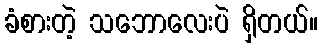
ခံစားတဲ့ သဘောလေးပဲ ရှိတယ်။